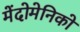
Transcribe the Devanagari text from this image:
मेंदोमेनिको